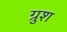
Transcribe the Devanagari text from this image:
ग्रुश